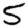
Digit: 5